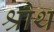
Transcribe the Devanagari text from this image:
श्रौथ